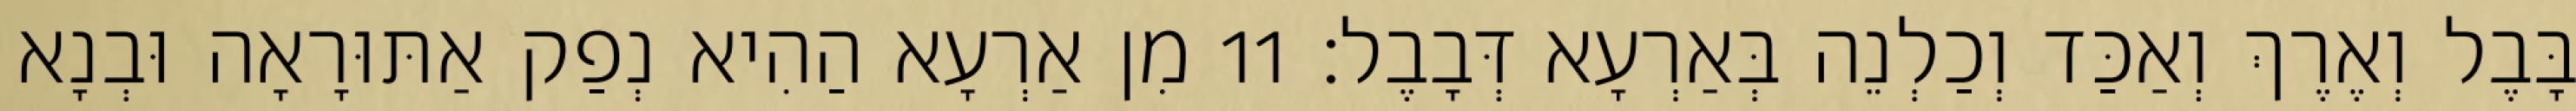
בָּבֶל וְאֶרֶךְ וְאַכַּד וְכַלְנֵה בְּאַרְעָא דְּבָבֶל׃ 11 מִן אַרְעָא הַהִיא נְפַק אַתּוּרָאָה וּבְנָא